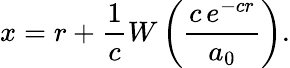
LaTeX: x=r+{\frac{1}{c}}W\left({\frac{c\, e^{-cr}}{a_{0}}}\right).